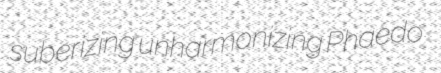
suberizing unharmonizing Phaedo